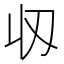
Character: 𬻲